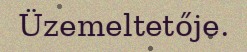
Üzemeltetője.